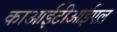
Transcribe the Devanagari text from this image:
काआईटीआईएल